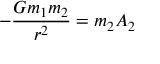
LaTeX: - { \frac { G m _ { 1 } m _ { 2 } } { r ^ { 2 } } } = m _ { 2 } A _ { 2 }